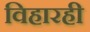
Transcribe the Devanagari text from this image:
विहारही